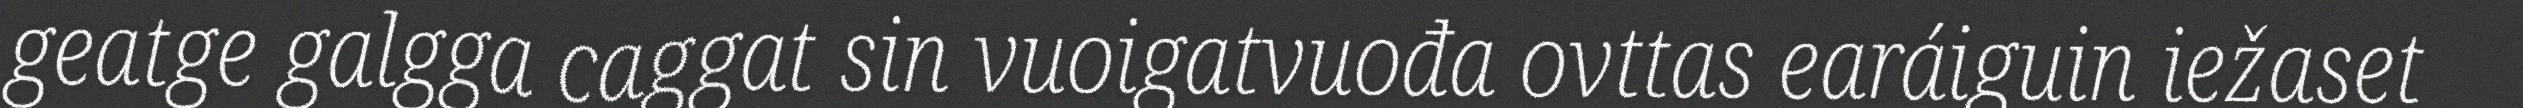
geatge galgga caggat sin vuoigatvuođa ovttas earáiguin iežaset